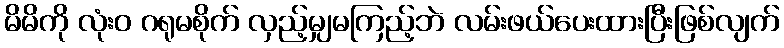
မိမိကို လုံးဝ ဂရုမစိုက် လှည့်မျှမကြည့်ဘဲ လမ်းဖယ်ပေးထားပြီးဖြစ်လျက်